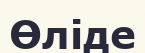
Өліде